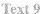
Text 9